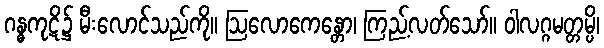
ဂန္ဓကုဋိ၌ မီးလောင်သည်ကို။ ဩလောကေန္တော၊ ကြည့်လတ်သော်။ ဝါလဂ္ဂမတ္တမ္ပိ၊